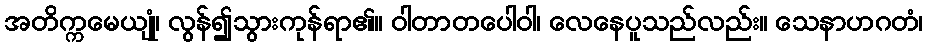
အတိက္ကမေယျုံ၊ လွန်၍သွားကုန်ရာ၏။ ဝါတာတပေါဝါ၊ လေနေပူသည်လည်း။ သေနာဟဂတံ၊